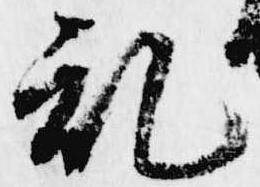
乱